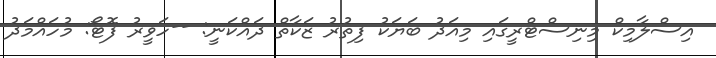
އިސްލާމިކް މިނިސްޓްރީގައި މިއަދު ބަޔަކު ފިތުރު ޒަކާތް ދައްކަނީ: --ހަވީރު ފޮޓޯ: މުހައްމަދު